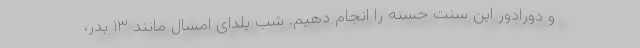
و دورادور این سنت حسنه را انجام دهیم. شب یلدای امسال مانند ۱۳ بدر،